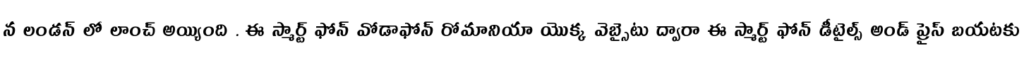
న లండన్ లో లాంచ్ అయ్యింది . ఈ స్మార్ట్ ఫోన్ వోడాఫోన్ రోమానియా యొక్క వెబ్సైటు ద్వారా ఈ స్మార్ట్ ఫోన్ డీటైల్స్ అండ్ ప్రైస్ బయటకు